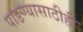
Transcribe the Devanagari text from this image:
पाडण्यासाठीही